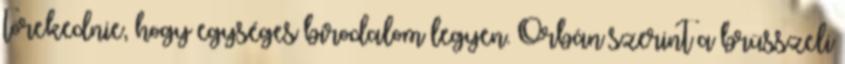
törekednie, hogy egységes birodalom legyen. Orbán szerint a brüsszeli